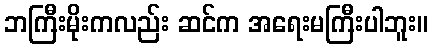
ဘကြီးမိုးကလည်း ဆင်က အရေးမကြီးပါဘူး။